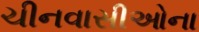
ચીનવાસીઓના